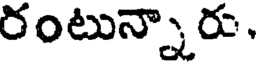
రంటున్నారు.